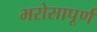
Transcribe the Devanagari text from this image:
भरोसापूर्ण